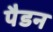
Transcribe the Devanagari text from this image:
पैडन